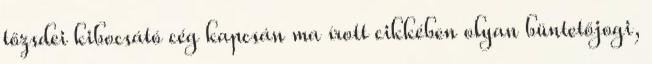
tőzsdei kibocsátó cég kapcsán ma írott cikkében olyan büntetőjogi,